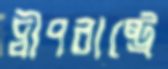
দ্বীপরাষ্ট্রে